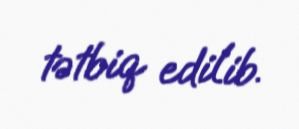
tətbiq edilib.